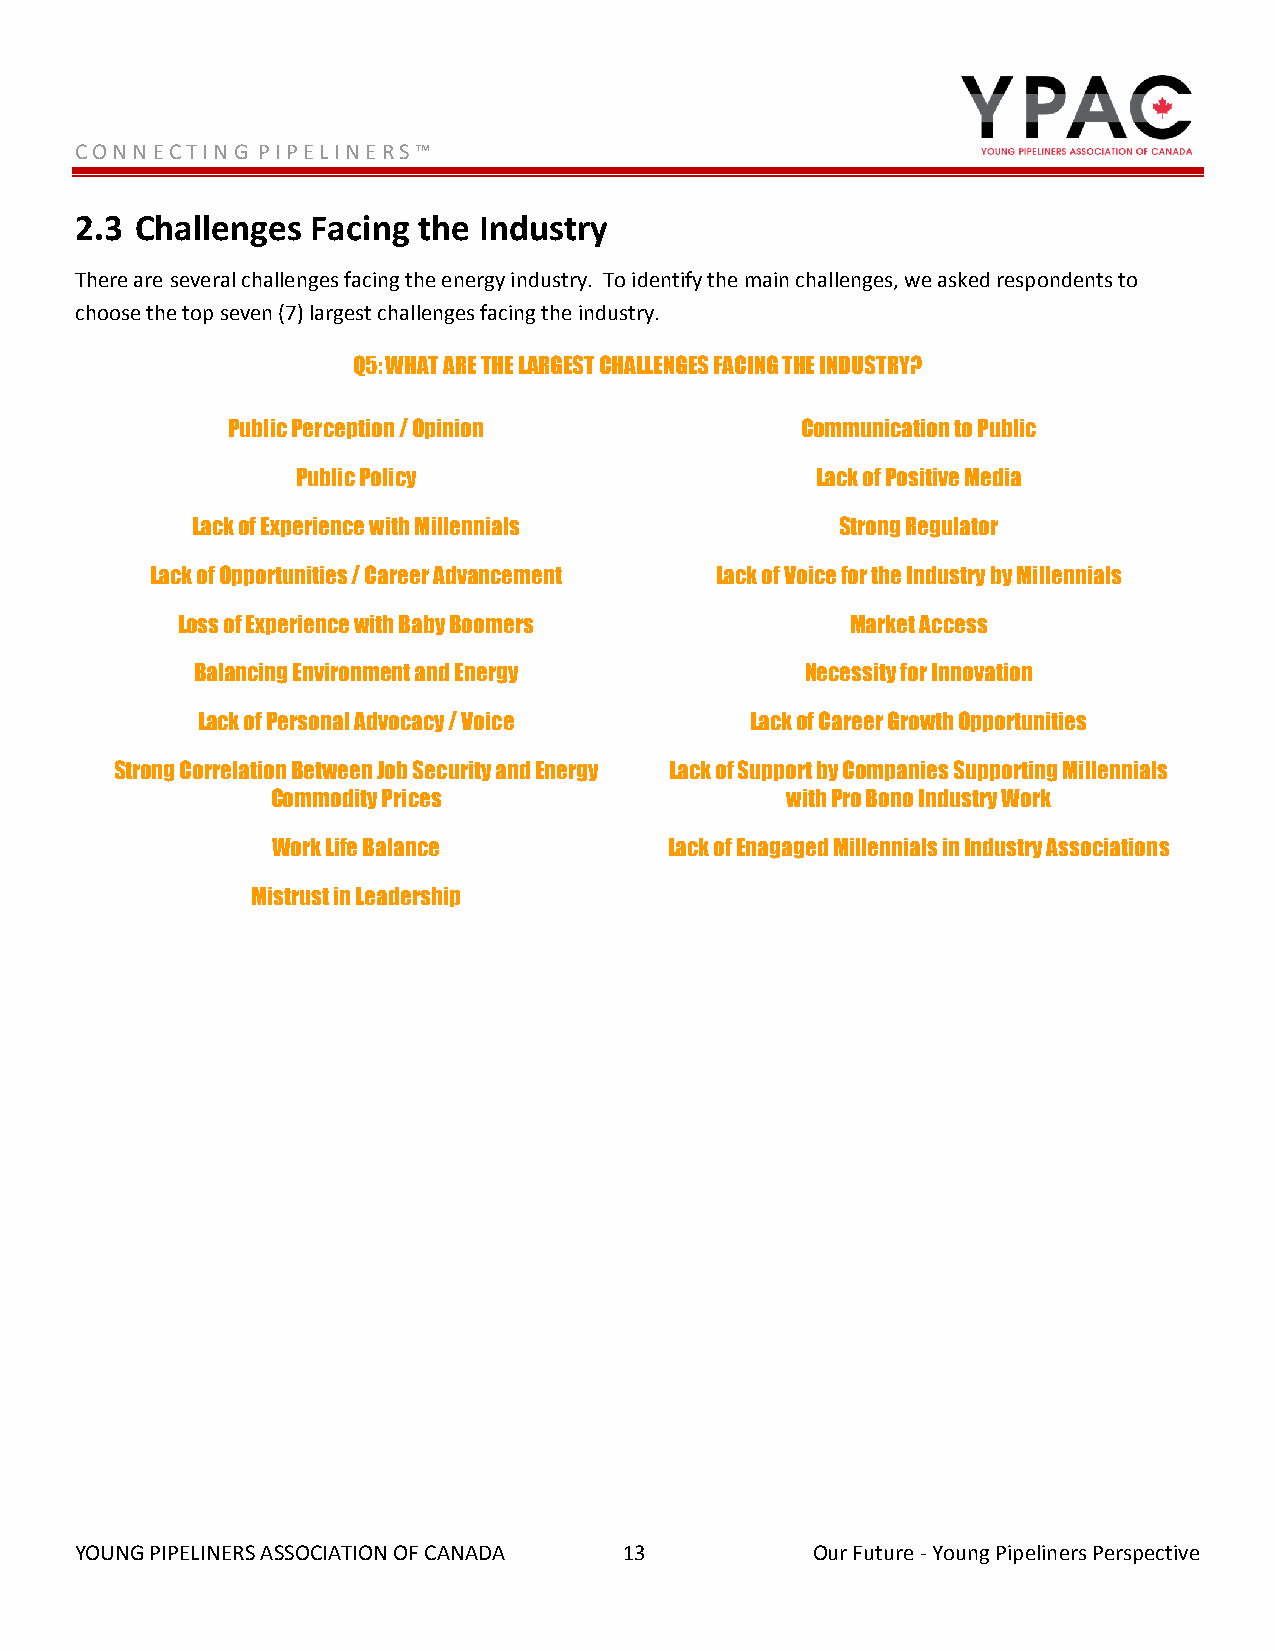
C O N N E C T I N G P I P E L I N E R S ™
 2.3 Challenges  Facing the Industry
 There are several challenges facing the energy industry. To identify the main challenges, we asked respondents to
 choose the top seven (7) largest challenges facing the industry.
 Q5: WHAT ARE THE LARGEST CHALLENGES FACING THE INDUSTRY?
 Public Perception / Opinion           Communication to Public
 Public Policy                     Lack of Positive Media
 Lack of Experience with Millennials        Strong Regulator
 Lack of Opportunities / Career Advancement Lack of Voice for the Industry by Millennials
 Loss of Experience with Baby Boomers        Market Access
 Balancing Environment and Energy        Necessity for Innovation
 Lack of Personal Advocacy / Voice    Lack of Career Growth Opportunities
 Strong Correlation Between Job Security and Energy Lack of Support by Companies Supporting Millennials
 Commodity Prices                  with Pro Bono Industry Work
 Work Life Balance         Lack of Enagaged Millennials in Industry Associations
 Mistrust in Leadership
 YOUNG PIPELINERS ASSOCIATION OF CANADA 13        Our Future - Young Pipeliners Perspective